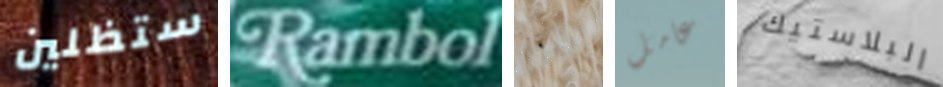
ستظلين Rambol ٠ عامل البلاستيك